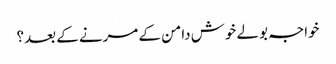
خواجہ بولے خوش دامن کے مرنے کے بعد؟